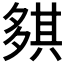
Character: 𡖾